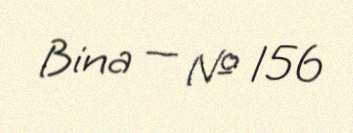
Bina — № 156